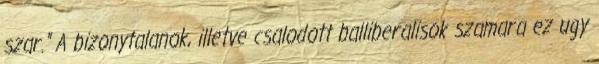
szar." A bizonytalanok, illetve csalodott balliberalisok szamara ez ugy